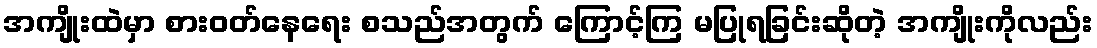
အကျိုးထဲမှာ စားဝတ်နေရေး စသည်အတွက် ကြောင့်ကြ မပြုရခြင်းဆိုတဲ့ အကျိုးကိုလည်း